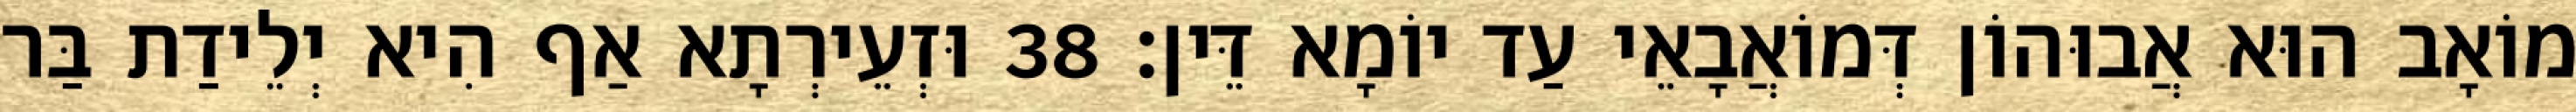
מוֹאָב הוּא אֲבוּהוֹן דְּמוֹאֲבָאֵי עַד יוֹמָא דֵּין׃ 38 וּזְעֵירְתָא אַף הִיא יְלֵידַת בַּר